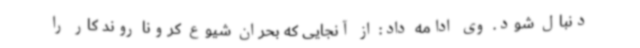
دنبال شود. وی ادامه داد: از آنجایی که بحران شیوع کرونا روند کار را